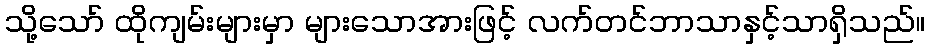
သို့သော် ထိုကျမ်းများမှာ များသောအားဖြင့် လက်တင်ဘာသာနှင့်သာရှိသည်။